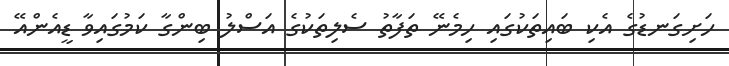
ހަށިގަނޑުގެ އެކި ބައިތަކުގައި ހިމެނޭ ތަފާތު ސެލިތަކުގެ އަސްލު ބިންގާ ކަމުގައިވާ ޑީއެންއޭ